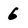
Character: 6